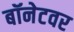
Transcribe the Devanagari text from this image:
बॉनेटवर